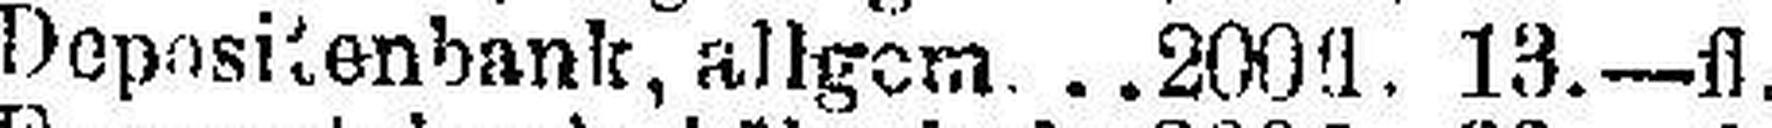
Depositenbank, allgem 200fl. 13.—fl.